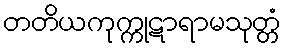
တတိယကုက္ကုဋာရာမသုတ္တံ